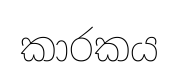
කාරකය